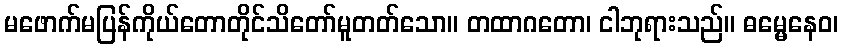
မဖောက်မပြန်ကိုယ်တောတိုင်သိတော်မူတတ်သော။ တထာဂတော၊ ငါဘုရားသည်။ ဓမ္မေနေဝ၊